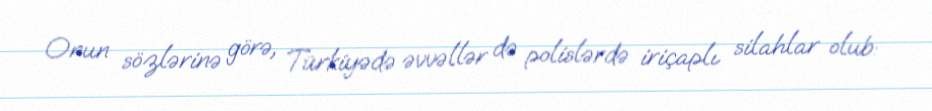
Onun sözlərinə görə, Türkiyədə əvvəllər də polislərdə iriçaplı silahlar olub: